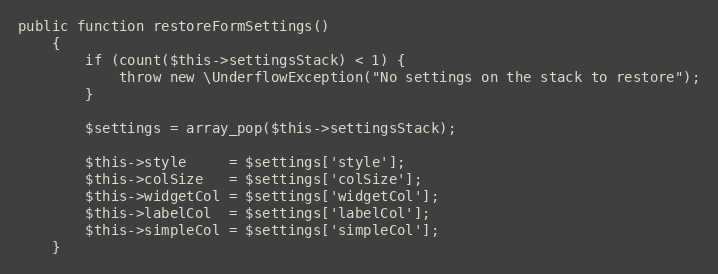
Language: PHP
public function restoreFormSettings()
    {
        if (count($this->settingsStack) < 1) {
            throw new \UnderflowException("No settings on the stack to restore");
        }

        $settings = array_pop($this->settingsStack);

        $this->style     = $settings['style'];
        $this->colSize   = $settings['colSize'];
        $this->widgetCol = $settings['widgetCol'];
        $this->labelCol  = $settings['labelCol'];
        $this->simpleCol = $settings['simpleCol'];
    }